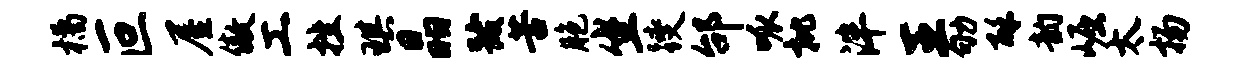
橘叵屋傲工挫琪晶跋苦胞坐躞邰呱批泮王劬酥韵崛太扬